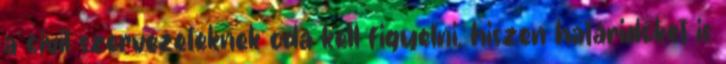
a civil szervezeteknek oda kell figyelni, hiszen határidőket is